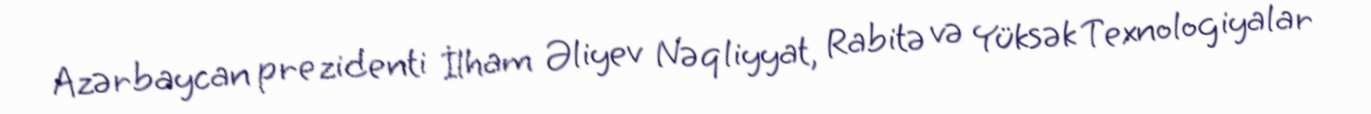
Azərbaycan prezidenti İlham Əliyev Nəqliyyat, Rabitə və Yüksək Texnologiyalar